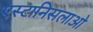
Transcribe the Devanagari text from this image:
एस्टानिसलाओ